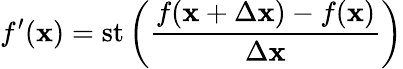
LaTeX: f^{\prime}(\mathbf{x})=\mathrm{{{st}}}\left({\frac{{f(\mathbf{x}+\Delta\mathbf{x})-f(\mathbf{x})}}{{\Delta\mathbf{x}}}}\right)